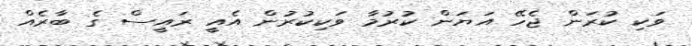
ވަކި ކުރަން ޖެހޭ އަޔަން ކުރުމާ ވަކިކުރުން އެއީ ރައީސް ގެ ބާރެއް